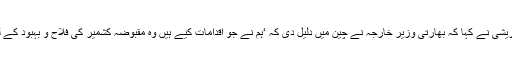
شاہ محمود قریشی نے کہا کہ بھارتی وزیر خارجہ نے چین میں دلیل دی کہ ‘ہم نے جو اقدامات کیے ہیں وہ مقبوضہ کشمیر کی فلاح و بہبود کے لیے کیا ہیں’۔